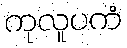
ကုလူပကံ